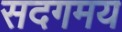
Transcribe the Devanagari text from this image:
सदगमय